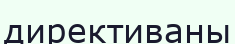
директиваны